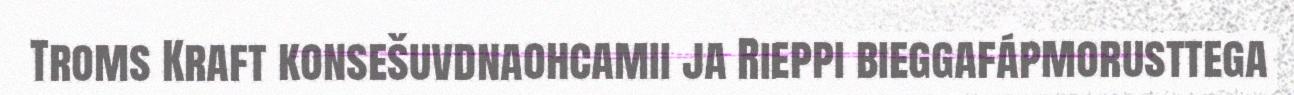
Troms Kraft konsešuvdnaohcamii ja Rieppi bieggafápmorusttega